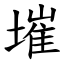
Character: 墔